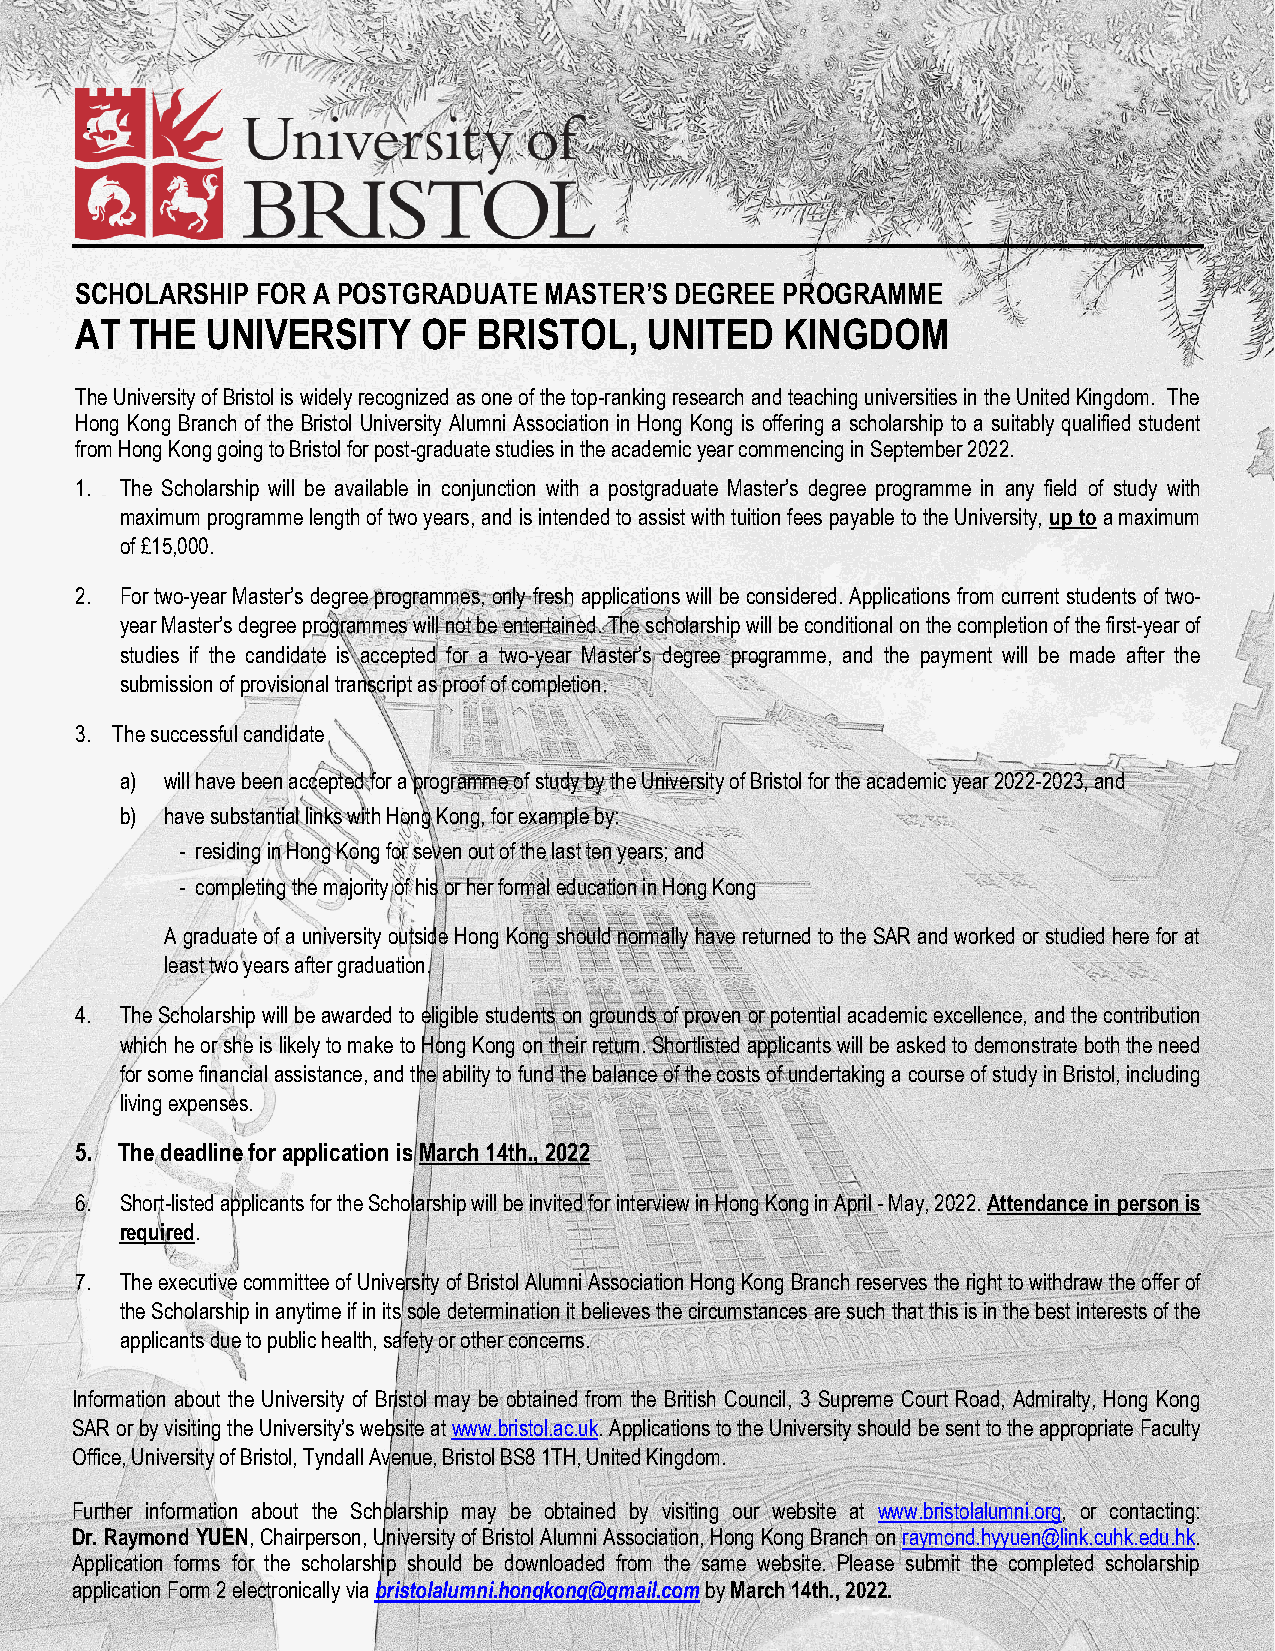
_
 SCHOLARSHIP FOR A POSTGRADUATE MASTER’S DEGREE PROGRAMME
 AT  THE  UNIVERSITY    OF  BRISTOL,   UNITED   KINGDOM
 The University of Bristol is widely recognized as one of the top-ranking research and teaching universities in the United Kingdom. The
 Hong Kong Branch of the Bristol University Alumni Association in Hong Kong is offering a scholarship to a suitably qualified student
 from Hong Kong going to Bristol for post-graduate studies in the academic year commencing in September 2022.
 1. The Scholarship will be available in conjunction with a postgraduate Master’s degree programme in any field of study with
 maximum programme length of two years, and is intended to assist with tuition fees payable to the University, up to a maximum
 of £15,000.
 2. For two-year Master’s degree programmes, only fresh applications will be considered. Applications from current students of two-
 year Master’s degree programmes will not be entertained. The scholarship will be conditional on the completion of the first-year of
 studies if the candidate is accepted for a two-year Master’s degree programme, and the payment will be made after the
 submission of provisional transcript as proof of completion.
 3. The successful candidate
 a) will have been accepted for a programme of study by the University of Bristol for the academic year 2022-2023, and
 b) have substantial links with Hong Kong, for example by:
 - residing in Hong Kong for seven out of the last ten years; and
 - completing the majority of his or her formal education in Hong Kong
 A graduate of a university outside Hong Kong should normally have returned to the SAR and worked or studied here for at
 least two years after graduation.
 4. The Scholarship will be awarded to eligible students on grounds of proven or potential academic excellence, and the contribution
 which he or she is likely to make to Hong Kong on their return. Shortlisted applicants will be asked to demonstrate both the need
 for some financial assistance, and the ability to fund the balance of the costs of undertaking a course of study in Bristol, including
 living expenses.
 5. The deadline for application is March 14th., 2022
 6. Short-listed applicants for the Scholarship will be invited for interview in Hong Kong in April - May, 2022. Attendance in person is
 required.
 7. The executive committee of University of Bristol Alumni Association Hong Kong Branch reserves the right to withdraw the offer of
 the Scholarship in anytime if in its sole determination it believes the circumstances are such that this is in the best interests of the
 applicants due to public health, safety or other concerns.
 Information about the University of Bristol may be obtained from the British Council, 3 Supreme Court Road, Admiralty, Hong Kong
 SAR or by visiting the University’s website at www.bristol.ac.uk. Applications to the University should be sent to the appropriate Faculty
 Office, University of Bristol, Tyndall Avenue, Bristol BS8 1TH, United Kingdom.
 Further information about the Scholarship may be obtained by visiting our website at www.bristolalumni.org, or contacting:
 Dr. Raymond YUEN, Chairperson, University of Bristol Alumni Association, Hong Kong Branch on raymond.hyyuen@link.cuhk.edu.hk.
 Application forms for the scholarship should be downloaded from the same website. Please submit the completed scholarship
 application Form 2 electronically via bristolalumni.hongkong@gmail.com by March 14th., 2022.